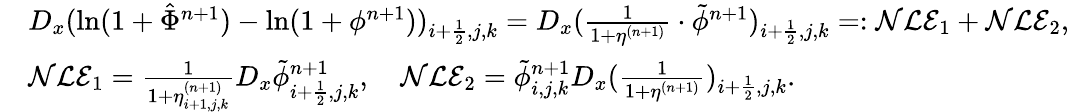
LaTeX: \begin{array}{rl}&{D_{x}(\ln(1+\hat{\Phi}^{n+1})-\ln(1+\phi^{n+1}))_{i+\frac{1}{2},j,k}=D_{x}(\frac{1}{1+\eta^{(n+1)}}\cdot\tilde{\phi}^{n+1})_{i+\frac{1}{2},j,k}=:{\cal NLE}_{1}+{\cal NLE}_{2},}\\ &{{\cal NLE}_{1}=\frac{1}{1+\eta_{i+1,j,k}^{(n+1)}}D_{x}\tilde{\phi}_{i+\frac{1}{2},j,k}^{n+1},\quad{\cal NLE}_{2}=\tilde{\phi}_{i,j,k}^{n+1}D_{x}(\frac{1}{1+\eta^{(n+1)}})_{i+\frac{1}{2},j,k}.}\end{array}